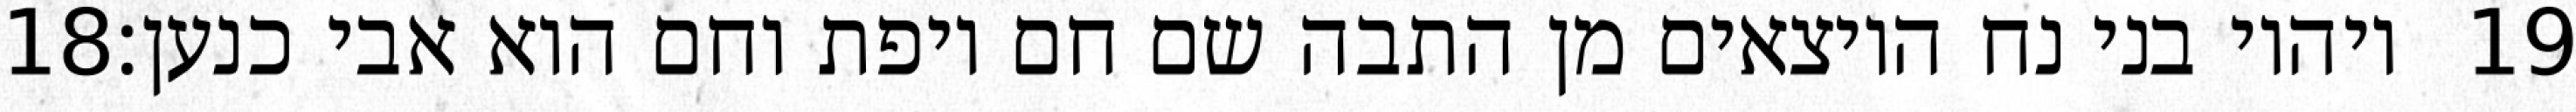
‎18‏ ויהיו בני נח היוצאים מן התבה שם חם ויפת וחם הוא אבי כנען׃ ‎19‏